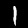
Digit: 1